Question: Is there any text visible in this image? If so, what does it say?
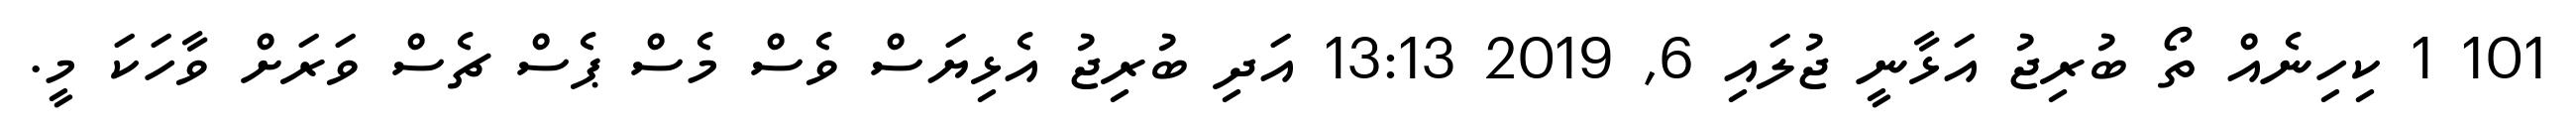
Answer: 101 1 ކިހިނެއް ތޯ ބުރިޖު އަޅާނީ ޖުލައި 6, 2019 13:13 އަދި ބުރިޖު އެޅިޔަސް ވެސް މެސް ޕެސް ޗެސް ވަރަށް ވާހަކަ މީ.